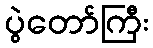
ပွဲတော်ကြီး